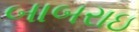
બાબરાઇ